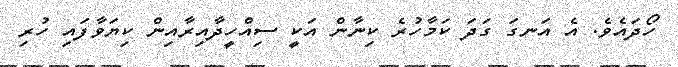
ހޯދައެވެ. އެ އަނގަ ގަދަ ކަމާހުރެ ކިނާން އަކީ ސިއްހީދާއިރާއިން ކިޔަވާފައި ހުރި